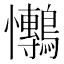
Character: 𭟫